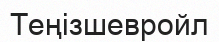
Теңізшевройл